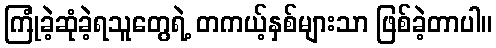
ကြုံခဲ့ဆုံခဲ့ရသူတွေရဲ့ တကယ့်နှစ်များသာ ဖြစ်ခဲ့တာပါ။